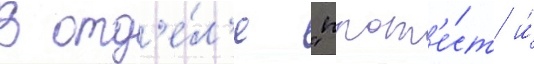
В отд'е́л'е "прот'е́ст и́